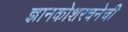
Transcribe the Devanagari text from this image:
ज्ञानकोशरचनेची